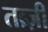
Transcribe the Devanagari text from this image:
तब्र्ज़ी